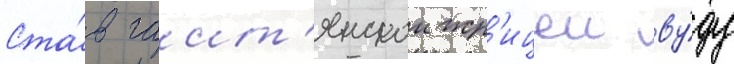
Ста́в гаит'янскои жр'ицеи ву́ду